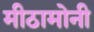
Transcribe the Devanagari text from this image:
मीठामोनी